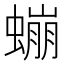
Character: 𲀃